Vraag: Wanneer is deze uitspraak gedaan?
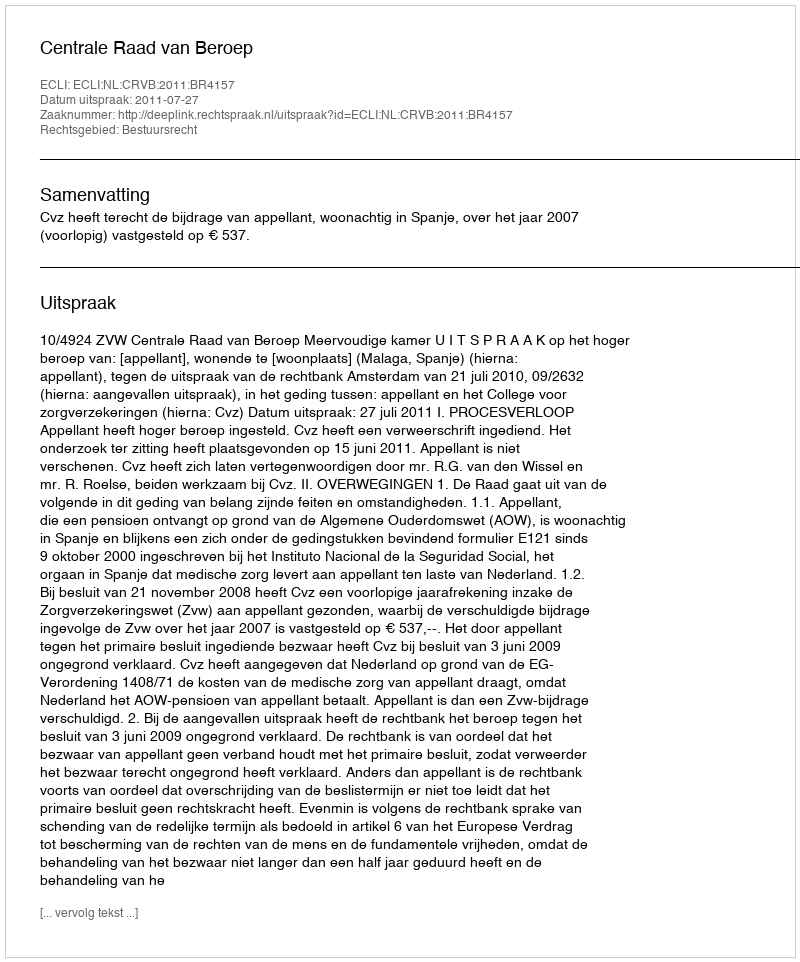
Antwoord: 2011-07-27